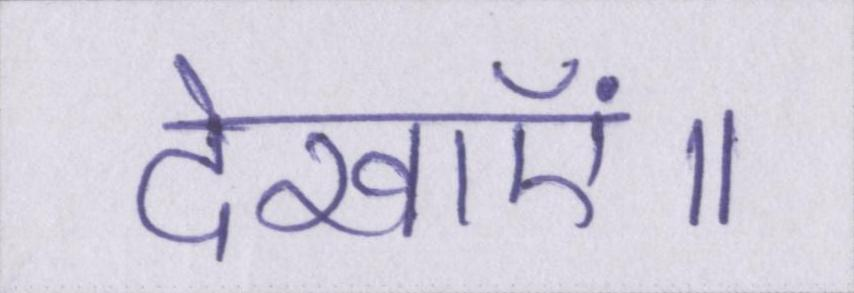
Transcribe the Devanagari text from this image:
देखाएं॥